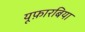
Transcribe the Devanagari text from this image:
यूफ़ारबिया